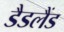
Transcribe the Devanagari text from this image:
डैडलैंड